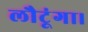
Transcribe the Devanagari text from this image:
लौटूंगा।